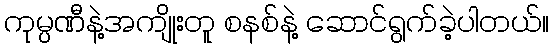
ကုမ္ပဏီနဲ့အကျိုးတူ စနစ်နဲ့ ဆောင်ရွက်ခဲ့ပါတယ်။